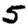
Digit: 5